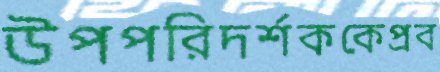
উপপরিদর্শককেপ্রব